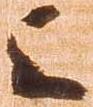
上